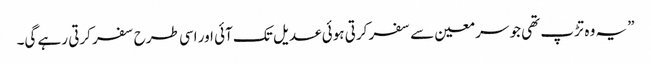
” یہ وہ تڑپ تھی جو سر معین سے سفر کرتی ہوئی عدیل تک آئی اور اسی طرح سفر کرتی رہے گی۔